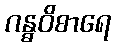
ဂန္ဓဝိစာရေ